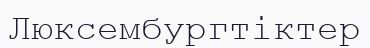
Люксембургтіктер